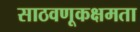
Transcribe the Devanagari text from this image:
साठवणूकक्षमता